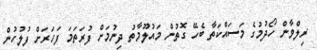
ރިލްވާން ހޯދުމުގެ މަސައްކަތާ ބެހޭ ގޮތުން މައުލޫމާތު ދިނުމަށް ފުރަތަމަ ފަހަރަށް ފުލުހުން